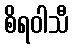
စိရဝါသီ